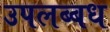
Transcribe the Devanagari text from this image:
उपलब्बध